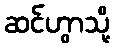
ဆင်ဟွာသို့